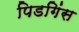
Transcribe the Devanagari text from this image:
पिडगिंस